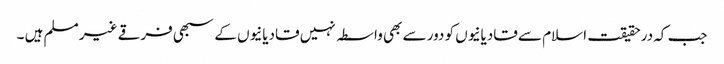
جب کہ درحقیقت اسلام سے قادیانیوں کو دور سے بھی واسطہ نہیں قادیانیوں کے سبھی فرقے غیر مسلم ہیں ۔